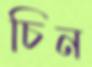
চিন